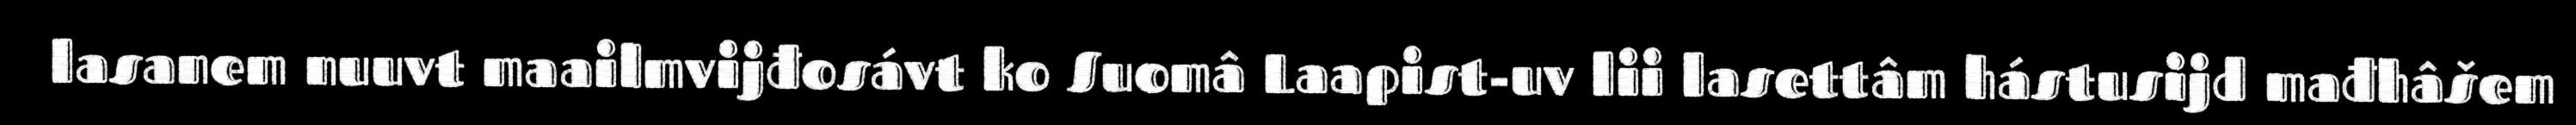
lasanem nuuvt maailmvijđosávt ko Suomâ Laapist-uv lii lasettâm hástusijd mađhâšem